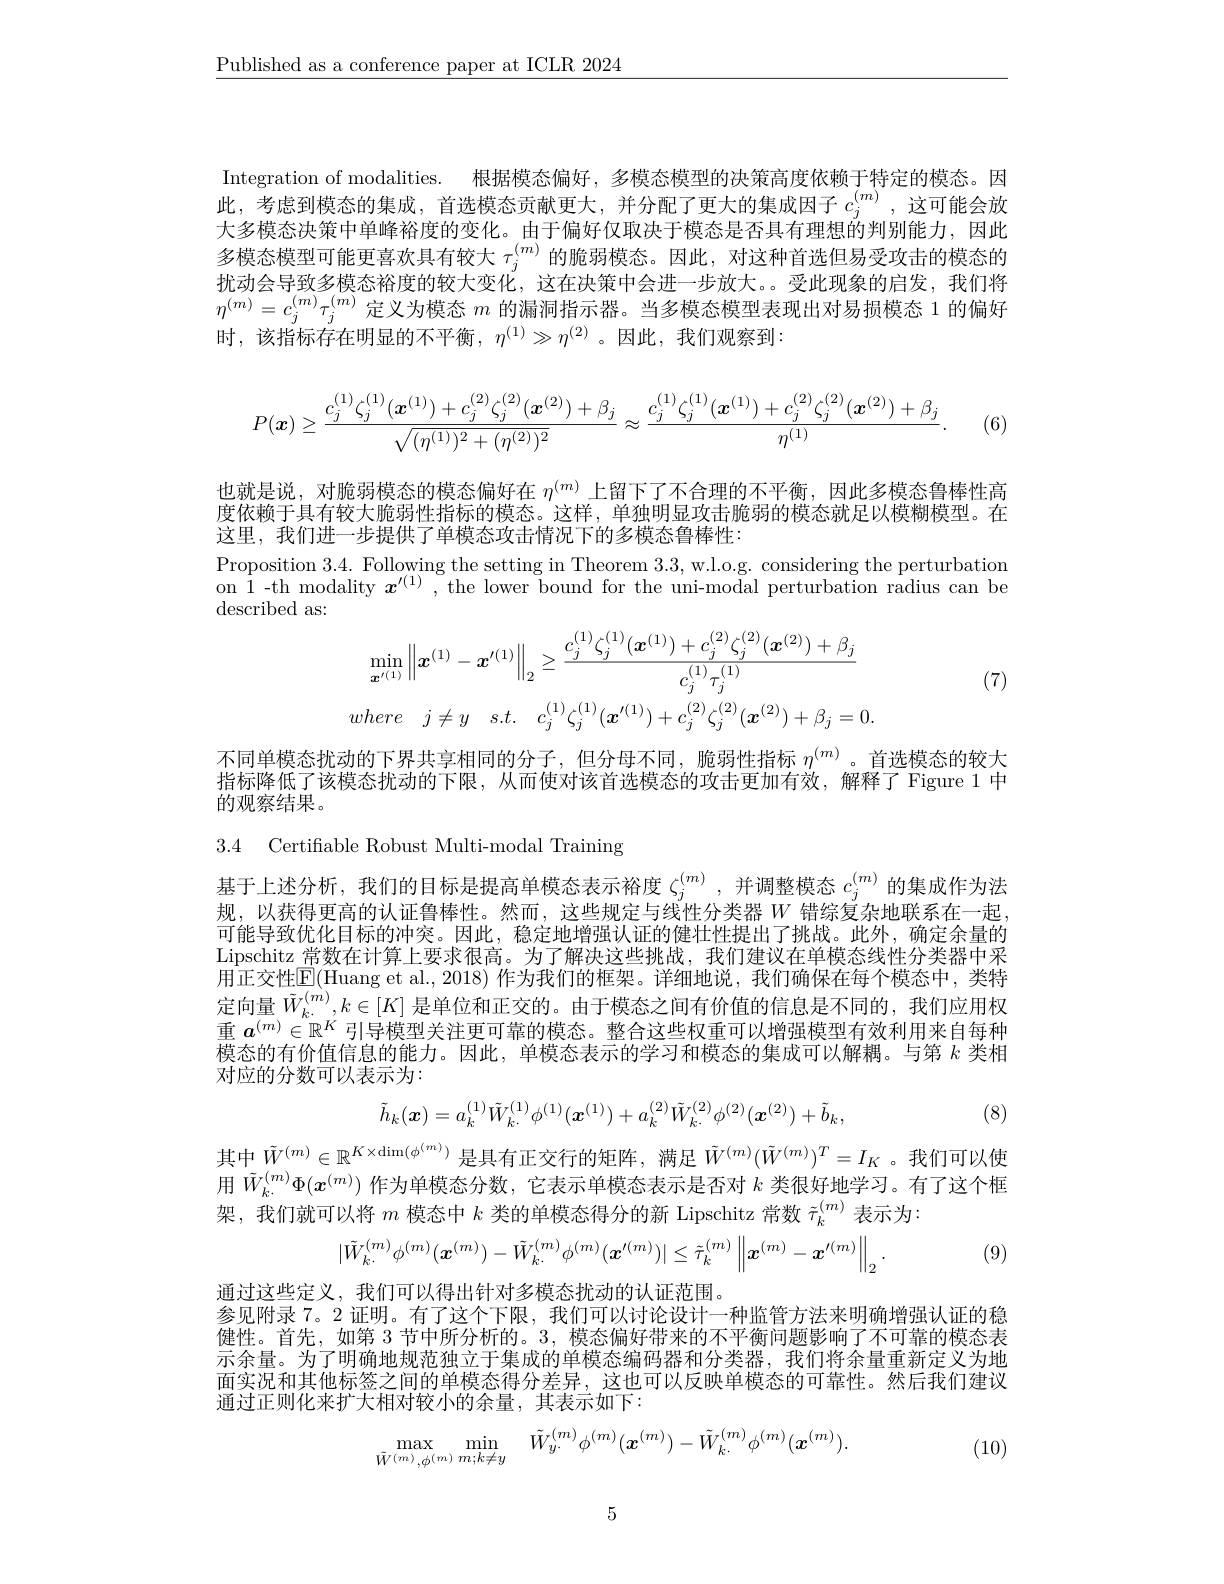
$\underline{\text{Published as a conference paper at ICLR 2024}}$

Integration of modalities. 根据模态偏好，多模态模型的决策高度依赖于特定的模态。因此，考虑到模态的集成，首选模态贡献更大，并分配了更大的集成因子$c_j^{(m)}$,这可能会放大多模态决策中单峰裕度的变化。由于偏好仅取决于模态是否具有理想的判别能力，因此多模态模型可能更喜欢具有较大$\tau_j^{(m)}$的脆弱模态。因此，对这种首选但易受攻击的模态的扰动会导致多模态裕度的较大变化，这在决策中会进一步放大。受此现象的启发，我们将$\eta^{(m)}=c_j^{(m)}\tau_j^{(m)}$定义为模态$m$的漏洞指示器。当多模态模型表现出对易损模态 1 的偏好时，该指标存在明显的不平衡，$\eta^(1)\gg\eta^{(2)}$。因此，我们观察到：
$$P(\boldsymbol{x})\geq\frac{c_j^{(1)}\zeta_j^{(1)}(\boldsymbol{x}^{(1)})+c_j^{(2)}\zeta_j^{(2)}(\boldsymbol{x}^{(2)})+\beta_j}{\sqrt{(\eta^{(1)})^2+(\eta^{(2)})^2}}\approx\frac{c_j^{(1)}\zeta_j^{(1)}(\boldsymbol{x}^{(1)})+c_j^{(2)}\zeta_j^{(2)}(\boldsymbol{x}^{(2)})+\beta_j}{\eta^{(1)}}.$$
 (6)

也就是说，对脆弱模态的模态偏好在$\eta^{(m)}$上留下了不合理的不平衡，因此多模态鲁棒性高度依赖于具有较大脆弱性指标的模态。这样，单独明显攻击脆弱的模态就足以模糊模型。在这里，我们进一步提供了单模态攻击情况下的多模态鲁棒性：
Proposition 3.4. Following the setting in Theorem 3.3, w.l.o.g. considering the perturbation on $\hat{\text{1-th modality }x^{\prime(1)}}$,the lower bound for the uni-modal perturbation radius can be ${\mathrm{described~as:}}$
$$\min_{\boldsymbol{x}^{\prime(1)}}\left\|\boldsymbol{x}^{(1)}-\boldsymbol{x}^{\prime(1)}\right\|_{2}\geq\frac{c_{j}^{(1)}\zeta_{j}^{(1)}(\boldsymbol{x}^{(1)})+c_{j}^{(2)}\zeta_{j}^{(2)}(\boldsymbol{x}^{(2)})+\beta_{j}}{c_{j}^{(1)}\tau_{j}^{(1)}}\\where\quad j\neq y\quad s.t.\quad c_{j}^{(1)}\zeta_{j}^{(1)}(\boldsymbol{x}^{\prime(1)})+c_{j}^{(2)}\zeta_{j}^{(2)}(\boldsymbol{x}^{(2)})+\beta_{j}=0.$$
(7)

不同单模态扰动的下界共享相同的分子，但分母不同，脆弱性指标$\eta^{(m)}$。首选模态的较大指标降低了该模态扰动的下限，从而使对该首选模态的攻击更加有效，解释了Figure 1 中的观察结果。
3.4 Certifable Robust Multi-modal Training

基于上述分析，我们的目标是提高单模态表示裕度$\zeta_j^{(m)}$ ,并调整模态$c_j^{(m)}$的集成作为法规，以获得更高的认证鲁棒性。然而，这些规定与线性分类器$W$错综复杂地联系在一起可能导致优化目标的冲突。因此，稳定地增强认证的健壮性提出了挑战。此外，确定余量的Lipschitz 常数在计算上要求很高。为了解决这些挑战，我们建议在单模态线性分类器中采用正交性$\overline{\mathrm{E}}($Huang et al., 2018) 作为我们的框架。详细地说，我们确保在每个模态中，类特定向量$\tilde{W}_k^{(m)},k\in[K]$ 是单位和正交的。由于模态之间有价值的信息是不同的，我们应用权重$a^{(m)}\in\mathbb{R}^K$引导模型关注更可靠的模态。整合这些权重可以增强模型有效利用来自每种模态的有价值信息的能力。因此，单模态表示的学习和模态的集成可以解耦。与第$k$类相对应的分数可以表示为：
$$\tilde{h}_{k}(\boldsymbol{x})=a_{k}^{(1)}\tilde{W}_{k\cdot}^{(1)}\phi^{(1)}(\boldsymbol{x}^{(1)})+a_{k}^{(2)}\tilde{W}_{k\cdot}^{(2)}\phi^{(2)}(\boldsymbol{x}^{(2)})+\tilde{b}_{k},$$
(8)

其中$\tilde{W}^(m)\in\mathbb{R}^K\times\dim(\phi^{(m)})$ 是具有正交行的矩阵，满足 $\tilde{W}^(m)(\tilde{W}^{(m)})^T=I_K$ 。我们可以使用$\tilde{W}_{k.}^{(m)}\Phi(x^{(m)})$作为单模态分数，它表示单模态表示是否对$k$类很好地学习。有了这个框架，我们就可以将$m$模态中$k$类的单模态得分的新 Lipschitz 常数$\tilde{\tau}_k^{(m)}$表示为：
$$|\tilde W_{k\cdot}^{(m)}\phi^{(m)}(\boldsymbol{x}^{(m)})-\tilde W_{k\cdot}^{(m)}\phi^{(m)}(\boldsymbol{x}^{\prime(m)})|\leq\tilde\tau_{k}^{(m)}\left\|\boldsymbol{x}^{(m)}-\boldsymbol{x}^{\prime(m)}\right\|_{2}.$$
(9)

通过这些定义，我们可以得出针对多模态扰动的认证范围。
参见附录 7。2 证明。有了这个下限，我们可以讨论设计一种监管方法来明确增强认证的稳健性。首先，如第 3 节中所分析的。3, 模态偏好带来的不平衡问题影响了不可靠的模态表示余量。为了明确地规范独立于集成的单模态编码器和分类器，我们将余量重新定义为地面实况和其他标签之间的单模态得分差异，这也可以反映单模态的可靠性。然后我们建议通过正则化来扩大相对较小的余量，其表示如下：
$$\max_{\tilde{W}^{(m)},\phi^{(m)}}\min_{m;k\neq y}\quad\tilde{W}_{y.}^{(m)}\phi^{(m)}(\boldsymbol{x}^{(m)})-\tilde{W}_{k\cdot}^{(m)}\phi^{(m)}(\boldsymbol{x}^{(m)}).$$
1. (10)

5